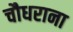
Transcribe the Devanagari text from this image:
चौधराना